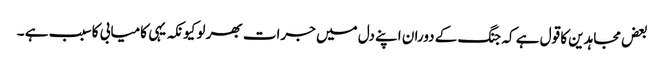
بعض مجاہدین کا قول ہے کہ جنگ کے دوران اپنے دل میں جرات بھر لو کیونکہ یہی کامیابی کا سبب ہے ۔